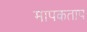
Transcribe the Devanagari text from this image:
मापकताप